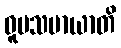
ဝူပသမာယာတိ